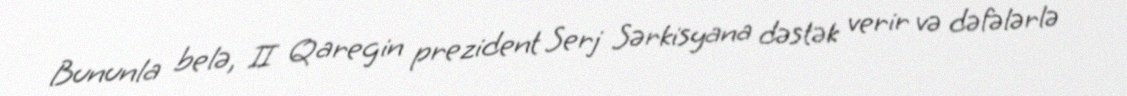
Bununla belə, II Qaregin prezident Serj Sərkisyana dəstək verir və dəfələrlə